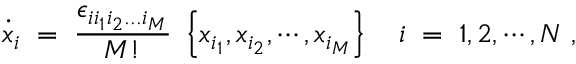
\dot { x } _ { i } \; = \; \frac { \epsilon _ { i i _ { 1 } i _ { 2 } . . . i _ { M } } } { M ! } \ \left\{ x _ { i _ { 1 } } , x _ { i _ { 2 } } , \cdots , x _ { i _ { M } } \right\} \ \ \ i \; = \; 1 , 2 , \cdots , N \ ,